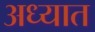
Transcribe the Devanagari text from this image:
अध्यात